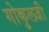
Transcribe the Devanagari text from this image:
गोकुलजी